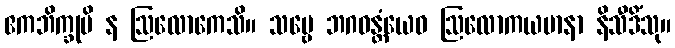
ဧကဘိက္ခုပိ န ဩလောကေသိ။ သဗ္ဗေ ဘဂဝန္တံယေဝ ဩလောကယမာနာ နိသီဒိံသု။